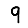
Digit: 9